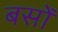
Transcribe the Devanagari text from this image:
बसोँ